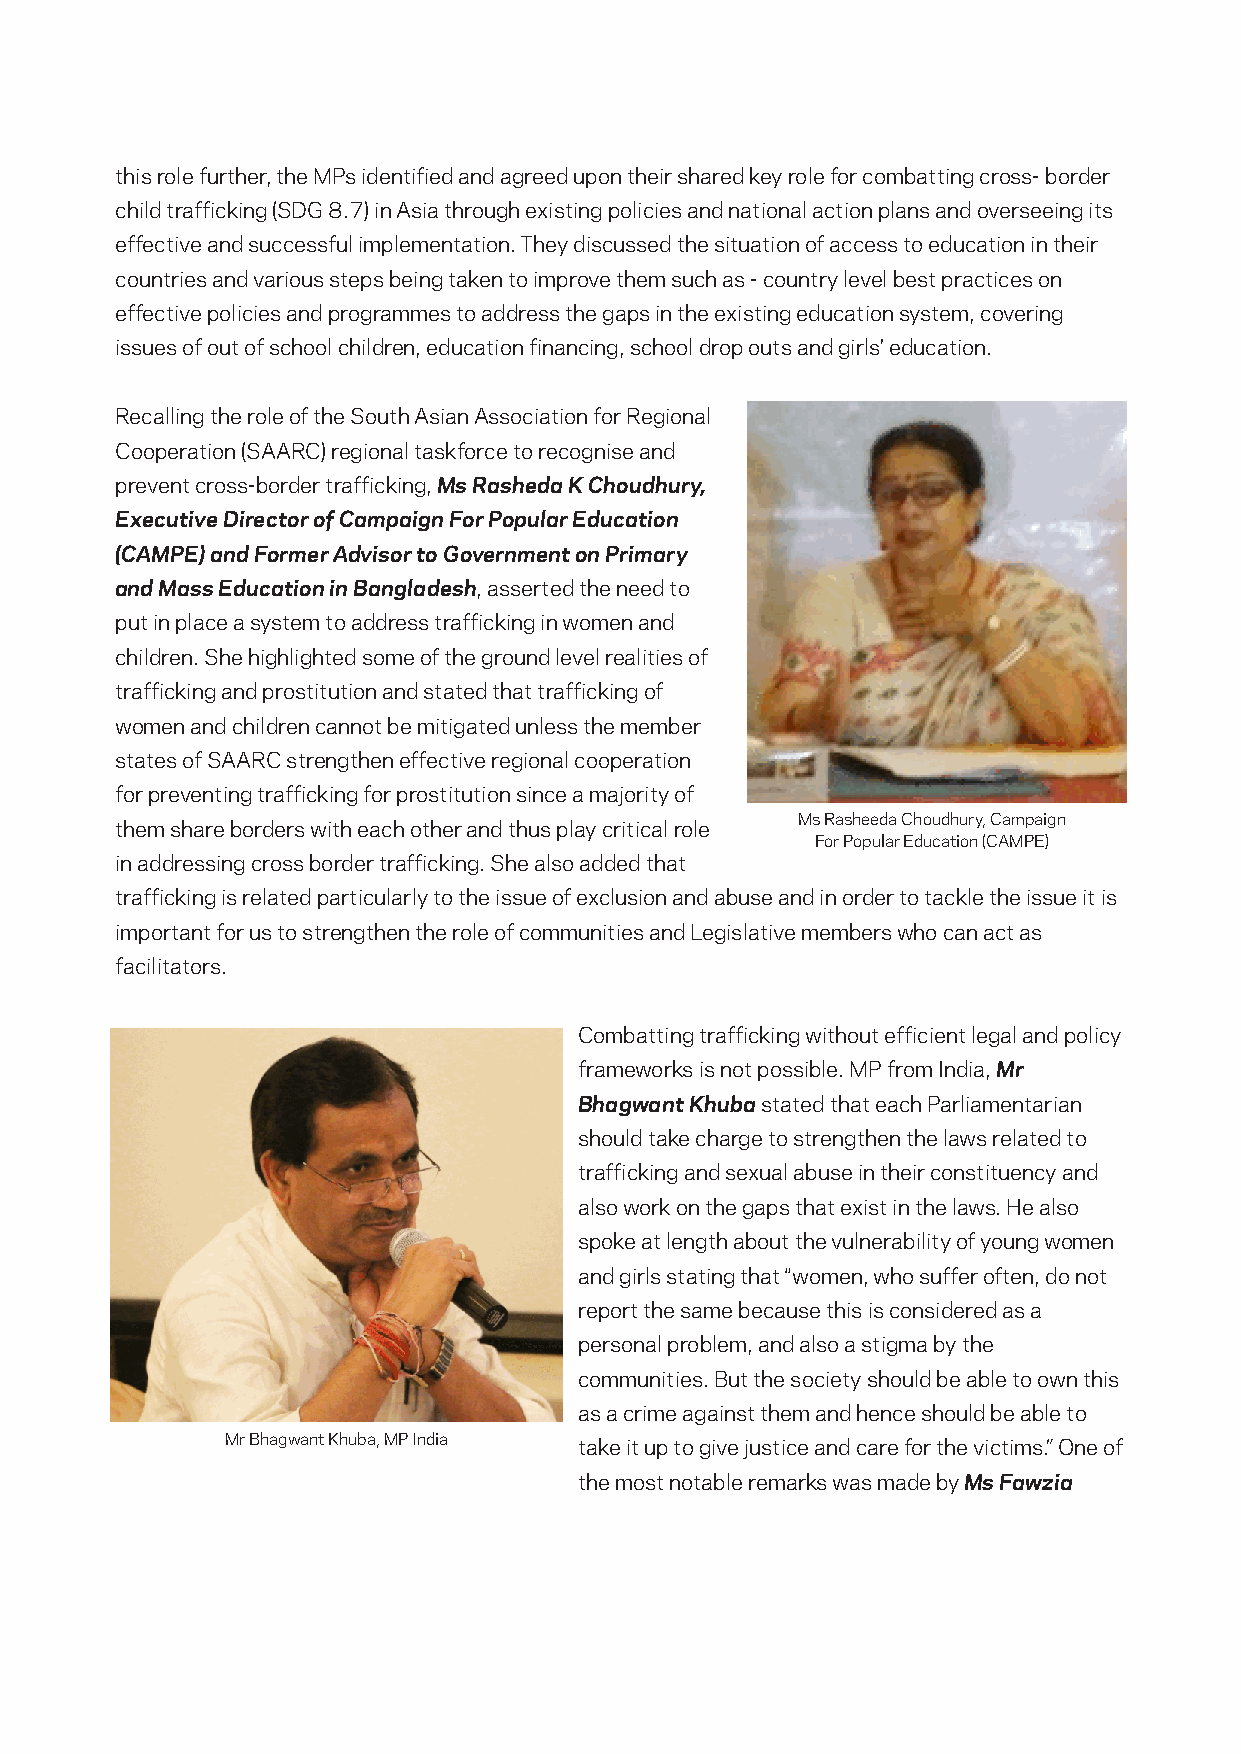
this role further, the MPs identied and agreed upon their shared key role for combatting cross- border
 child trafcking (SDG 8.7) in Asia through existing policies and national action plans and overseeing its
 effective and successful implementation. They discussed the situation of access to education in their
 countries and various steps being taken to improve them such as - country level best practices on
 effective policies and programmes to address the gaps in the existing education system, covering
 issues of out of school children, education nancing, school drop outs and girls' education.
 Recalling the role of the South Asian Association for Regional
 Cooperation (SAARC) regional taskforce to recognise and
 prevent cross-border trafcking, Ms Rasheda K Choudhury,
 Executive Director of Campaign For Popular Education
 (CAMPE) and Former Advisor to Government on Primary
 and Mass Education in Bangladesh, asserted the need to
 put in place a system to address trafcking in women and
 children. She highlighted some of the ground level realities of
 trafcking and prostitution and stated that trafcking of
 women and children cannot be mitigated unless the member
 states of SAARC strengthen effective regional cooperation
 for preventing trafcking for prostitution since a majority of
 Ms Rasheeda Choudhury, Campaign
 them share borders with each other and thus play critical role
 For Popular Education (CAMPE)
 in addressing cross border trafcking. She also added that
 trafcking is related particularly to the issue of exclusion and abuse and in order to tackle the issue it is
 important for us to strengthen the role of communities and Legislative members who can act as
 facilitators.
 Combatting trafcking without efcient legal and policy
 frameworks is not possible. MP from India, Mr
 Bhagwant Khuba stated that each Parliamentarian
 should take charge to strengthen the laws related to
 trafcking and sexual abuse in their constituency and
 also work on the gaps that exist in the laws. He also
 spoke at length about the vulnerability of young women
 and girls stating that “women, who suffer often, do not
 report the same because this is considered as a
 personal problem, and also a stigma by the
 communities. But the society should be able to own this
 as a crime against them and hence should be able to
 Mr Bhagwant Khuba, MP India take it up to give justice and care for the victims.” One of
 the most notable remarks was made by Ms Fawzia